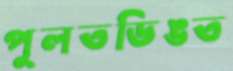
পুলতডিঙত